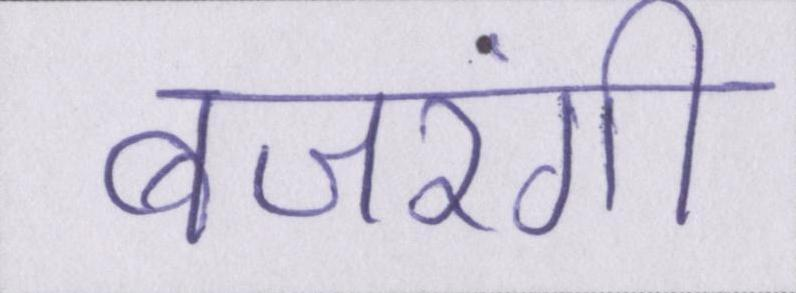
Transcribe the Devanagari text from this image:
बजरंगी